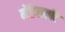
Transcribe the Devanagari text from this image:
मेंडेलब्रॉट